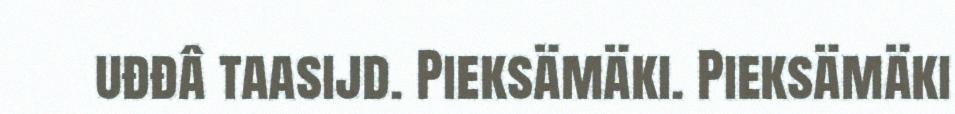
uđđâ taasijd. Pieksämäki. Pieksämäki